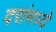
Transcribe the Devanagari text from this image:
दरांमध्ये